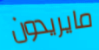
مايريدون